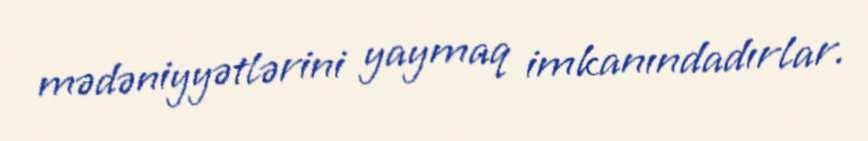
mədəniyyətlərini yaymaq imkanındadırlar.